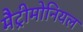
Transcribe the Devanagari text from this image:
मैट्रीमोनियल